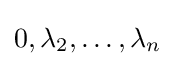
0,\lambda _{2},\ldots ,\lambda _{n}